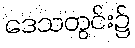
ဒေသတွင်း၌